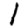
Digit: 1